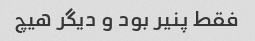
فقط پنیر بود و دیگر هیچ